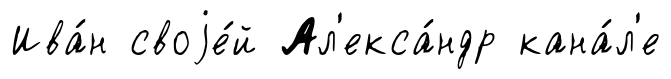
Ива́н своjе́й Ал'екса́ндр кана́л'е